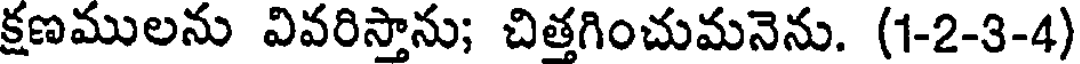
క్షణములను వివరిస్తాను; చిత్తగించుమనెను. (1-2-3-4)